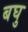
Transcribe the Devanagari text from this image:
बघु